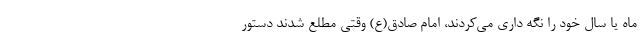
ماه یا سال خود را نگه داری می‌کردند، امام صادق(ع) وقتی مطلع شدند دستور